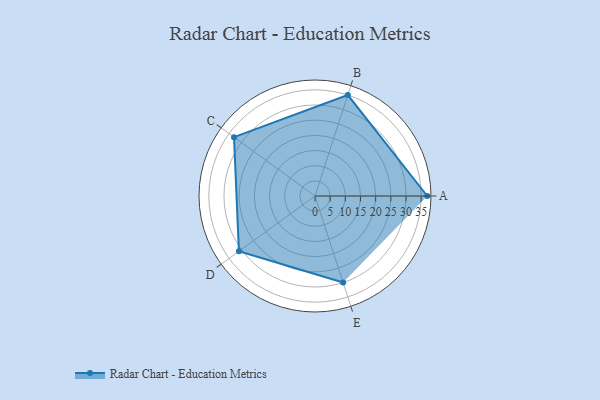
{"axis": {"x": "Skill", "y": "Score"}, "legend": ["Profile"], "data": [{"x": "A", "y": 37.0, "type": "Profile"}, {"x": "B", "y": 35.0, "type": "Profile"}, {"x": "C", "y": 33.0, "type": "Profile"}, {"x": "D", "y": 31.0, "type": "Profile"}, {"x": "E", "y": 30.0, "type": "Profile"}]}